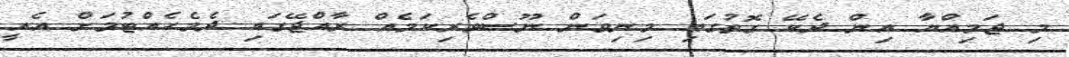
މި ޖަމިއްޔާ އިން ދެކޭ ގޮތުގައި މިނިވަން ނޫސްވެރިކަމެއް ރާއްޖޭގައި ދެމެހެއްޓުމަށް އެއީ